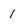
Character: 1